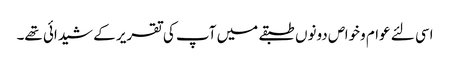
اسی لئے عوام وخواص دونوں طبقے میں آپ کی تقریر کے شیدائی تھے۔